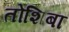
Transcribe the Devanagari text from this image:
तोशिबा